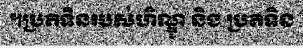
។ប្រតិទិនរបស់ហិណ្ឌូ និង ប្រតិទិន